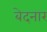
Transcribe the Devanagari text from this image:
बेदनार